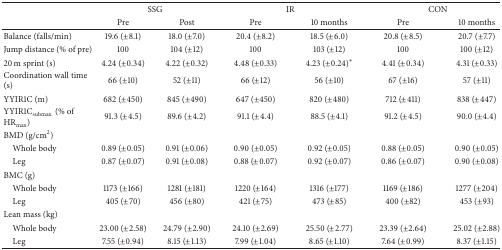
<table><thead><tr><td rowspan="2"><b> </b></td><td colspan="2"><b>SSG</b></td><td colspan="2"><b>IR</b></td><td colspan="2"><b>CON</b></td></tr><tr><td><b>Pre</b></td><td><b>Post</b></td><td><b>Pre</b></td><td><b>10 months</b></td><td><b>Pre</b></td><td><b>10 months</b></td></tr></thead><tbody><tr><td>Balance (falls/min)</td><td>19.6 (±8.1)</td><td>18.0 (±7.0)</td><td>20.4 (±8.2)</td><td>18.5 (±6.0)</td><td>20.8 (±8.5)</td><td>20.7 (±7.7)</td></tr><tr><td>Jump distance (% of pre)</td><td>100</td><td>104 (±12)</td><td>100</td><td>103 (±12)</td><td>100</td><td>100 (±12)</td></tr><tr><td>20 m sprint (s)</td><td>4.24 (±0.34)</td><td>4.22 (±0.32)</td><td>4.48 (±0.33)</td><td>4.23 (±0.24)<sup><i>∗</i></sup></td><td>4.41 (±0.34)</td><td>4.31 (±0.33)</td></tr><tr><td>Coordination wall time (s)</td><td>66 (±10)</td><td>52 (±11)</td><td>66 (±12)</td><td>56 (±10)</td><td>67 (±16)</td><td>57 (±11)</td></tr><tr><td>YYIR1C (m)</td><td>682 (±450)</td><td>845 (±490)</td><td>647 (±450)</td><td>820 (±480)</td><td>712 (±411)</td><td>838 (±447)</td></tr><tr><td>YYIR1C<sub>submax</sub>(% of HR<sub>max</sub>)</td><td>91.3 (±4.5)</td><td>89.6 (±4.2)</td><td>91.1 (±4.4)</td><td>88.5 (±4.1)</td><td>91.2 (±4.5)</td><td>90.0 (±4.4)</td></tr><tr><td>BMD (g/cm<sup>2</sup>)</td><td> </td><td> </td><td> </td><td> </td><td> </td><td> </td></tr><tr><td> Whole body</td><td>0.89 (±0.05)</td><td>0.91 (±0.06)</td><td>0.90 (±0.05)</td><td>0.92 (±0.05)</td><td>0.88 (±0.05)</td><td>0.90 (±0.05)</td></tr><tr><td> Leg</td><td>0.87 (±0.07)</td><td>0.91 (±0.08)</td><td>0.88 (±0.07)</td><td>0.92 (±0.07)</td><td>0.86 (±0.07)</td><td>0.90 (±0.08)</td></tr><tr><td>BMC (g)</td><td> </td><td> </td><td> </td><td> </td><td> </td><td> </td></tr><tr><td> Whole body</td><td>1173 (±166)</td><td>1281 (±181)</td><td>1220 (±164)</td><td>1316 (±177)</td><td>1169 (±186)</td><td>1277 (±204)</td></tr><tr><td> Leg</td><td>405 (±70)</td><td>456 (±80)</td><td>421 (±75)</td><td>473 (±85)</td><td>400 (±82)</td><td>453 (±93)</td></tr><tr><td>Lean mass (kg)</td><td> </td><td> </td><td> </td><td> </td><td> </td><td> </td></tr><tr><td> Whole body</td><td>23.00 (±2.58)</td><td>24.79 (±2.90)</td><td>24.10 (±2.69)</td><td>25.50 (±2.77)</td><td>23.39 (±2.64)</td><td>25.02 (±2.88)</td></tr><tr><td> Leg</td><td>7.55 (±0.94)</td><td>8.15 (±1.13)</td><td>7.99 (±1.04)</td><td>8.65 (±1.10)</td><td>7.64 (±0.99)</td><td>8.37 (±1.15)</td></tr></tbody></table>